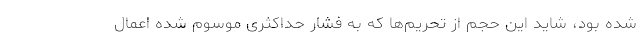
شده بود، شاید این حجم از تحریم‌ها که به فشار حداکثری موسوم شده اعمال